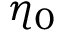
\eta _ { 0 }